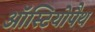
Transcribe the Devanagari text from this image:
ऑस्टियोपैथ